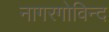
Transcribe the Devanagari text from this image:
नागरगोविन्द